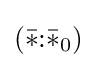
({\bar {*}}{:}{\bar {*}}_{0})